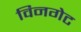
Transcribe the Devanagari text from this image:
विनगेट